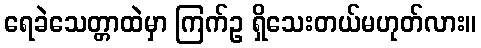
ရေခဲသေတ္တာထဲမှာ ကြက်ဥ ရှိသေးတယ်မဟုတ်လား။